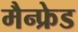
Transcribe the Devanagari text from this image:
मैन्फ्रेड